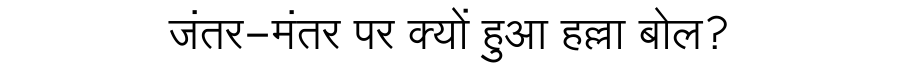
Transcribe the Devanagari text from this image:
जंतर-मंतर पर क्यों हुआ हल्ला बोल?